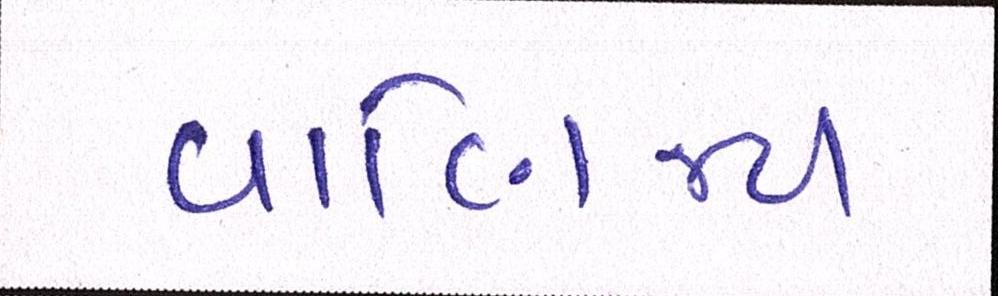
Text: વાણિજ્ય